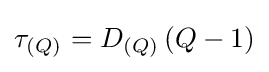
\tau _{{(Q)}_{}}=D_{(Q)}\left(Q-1\right)